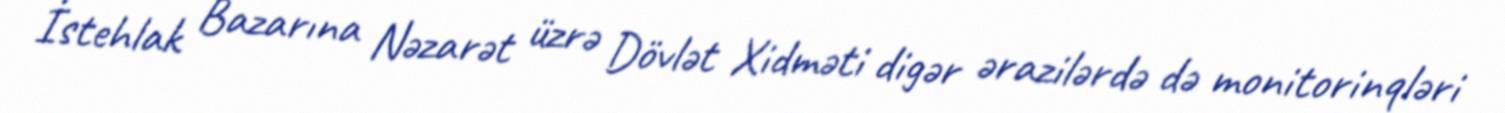
İstehlak Bazarına Nəzarət üzrə Dövlət Xidməti digər ərazilərdə də monitorinqləri